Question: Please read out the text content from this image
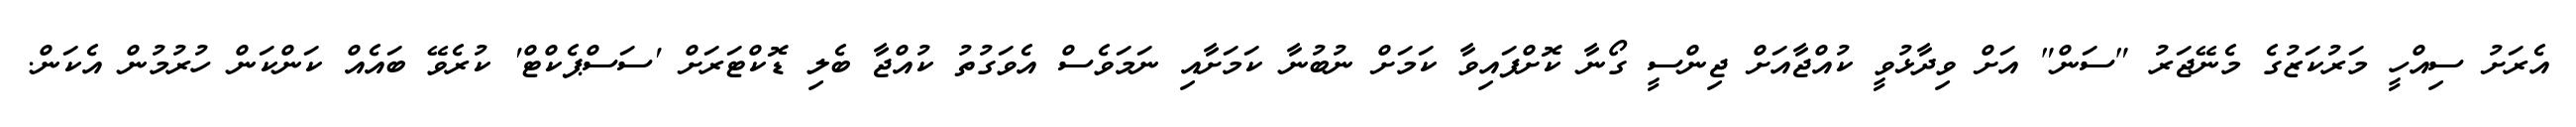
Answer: އެރަށު ސިއްހީ މަރުކަޒުގެ މެނޭޖަރު "ސަން" އަށް ވިދާޅުވީ ކުއްޖާއަށް ޖިންސީ ގޯނާ ކޮށްފައިވާ ކަމަށް ނުބުނާ ކަމަށާއި ނަމަވެސް އެވަގުތު ކުއްޖާ ބެލި ޑޮކްޓަރަށް 'ސަސްޕެކްޓް' ކުރެވޭ ބައެއް ކަންކަން ހުރުމުން އެކަން.